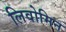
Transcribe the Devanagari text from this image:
लिवोमिन